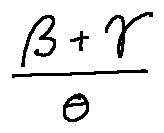
\frac { \beta + \gamma } { \theta }